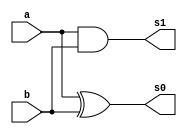
// -------------------------
// Exemplo00048 - 
// Nome: Rodrigo Arruda de Assis 
// ------------------------- 


// ------------------------- 
// half adder 
// ------------------------- 
	
	module halfAdder( s0,s1, a, b);
	
	input a, b;
	output s0, s1;
	
	xor XOR1(s0, a, b);
	and AND1(s1, a, b);

	endmodule 
	
// ------------------------- 
// full adder 
// -------------------------	
	
	module fullAdder(s0, s1, a, b, c);
	
	input a, b, c;
	output s0, s1;
	wire q0, q1, q2;
	
	halfAdder HA1(q0, q1, a, b);
	halfAdder HA2(s0, q2, c, q0);
	or OR1(s1, q2, q1);
	
	endmodule
	

// ------------------------- 
// full adder 4 bits
// -------------------------	
	

	module fullAdder4 (output [3:0]s,
	input Carry, 
	input [3:0]a, 
	input [3:0]b); 
	
	// descrever por portas
	wire vaiUm;
	wire vaiUm1;
	wire vaiUm2;
	wire s_xor;
	wire s_xor1;
	wire s_xor2;
	wire s_xor3;
	wire carryOut;
	
	
	
	xor XOR1	(s_xor,  b[0], Carry);
	xor XOR2	(s_xor1, b[1], Carry );
	xor XOR3	(s_xor2, b[2], Carry);
	xor XOR4	(s_xor3, b[3], Carry);
	
	
	fullAdder FA1(s[0], vaiUm, Carry, a[0], s_xor);
	fullAdder FA2(s[1], vaiUm1, a[1], s_xor1,vaiUm);
	fullAdder FA3(s[2], vaiUm2, a[2], s_xor2,vaiUm1);	
	fullAdder FA4(s[3],carryOut , a[3], s_xor3,vaiUm2);
	
	
	
// descrever por portas 
	endmodule // fullAdder 
	
	
// ------------------------- 
// half Subtractor
// ------------------------- 
	
	module halfSub( s0,s1, a, b);
	
	input a, b;
	output s0, s1;
	
	xor XOR1(s0, a, b);
	and AND1(s1,~a, b);

	endmodule 
	
// ------------------------- 
// full Subtractor
// -------------------------	
	
	module fullSub(s0, s1, a, b, c);
	
	input a, b, c;
	output s0, s1;
	wire q0, q1, q2;
	
	halfSub HS1(q0, q1, a, b);
	halfSub HS2(s0, q2, q0, c);
	or OR1(s1, q2, q1);
	
	endmodule
	

// ------------------------- 
// full subtractor 4 bits
// -------------------------	
	

	module fullSub4 (output [3:0]s,
	input [3:0]a, 
	input [3:0]b); 
	
	// descrever por portas
	wire vemUm;
	wire vemUm1;
	wire vemUm2;
	wire carryOut;
	
	
	halfSub HS(s[0], vemUm, a[0], b[0]);
	fullSub FS1(s[1], vemUm1, a[1], b[1], vemUm);
	fullSub FS2(s[2], vemUm2, a[2], b[2], vemUm1);	
	fullSub FS3(s[3],carryOut, a[3], b[3],vemUm2);
	
	

// descrever por portas 
	endmodule // fullSub 
	 
	
	


// ------------------------- definir dados 
	
	module teste;
	
	reg [3:0] x; 
	reg [3:0] y; 
	reg carry;
	reg [3:0]constante;
	wire [3:0] soma;
	wire [3:0] saida;
	
	fullAdder4 FA(soma, carry,x,y);
	fullSub4 FS1(saida, soma, constante);	
	
	
		
	
	 
// ------------------------- parte principal 
	initial begin 
	$display("Exemplo00048 - Rodrigo Arruda de Assis - 427460"); 
	$display("Test ALU's full adder");  
	
	
	#1 x = 0000; y = 0000; carry = 1; constante = 0001; 
	
// projetar testes do 
	
	$monitor("x = %4b \t y = %4b\t carry1 = %b\t constante = %b\t   saida = %5b\n",x,y,carry, constante, saida);
	
	#1 x = 0010; y = 0000; carry = 0; constante = 0001; 
	#1 x = 0001; y = 0001; carry = 1; constante = 0001; 
	#1 x = 0000; y = 0001; carry = 1; constante = 0001; 
	#1 x = 1111; y = 1000; carry = 0; constante = 0001; 
end 
endmodule // test_ComplementoDois